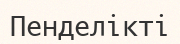
Пенделікті